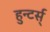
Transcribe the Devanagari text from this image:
हुन्टर्स्